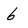
Character: 6